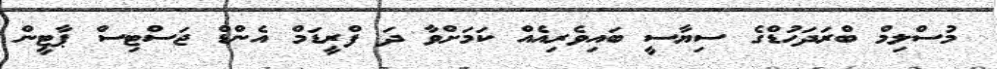
މުސްލިމް ބްރަދަހުޑްގެ ސިޔާސީ ބައިވެރިއެއް ކަމަށްވާ ދަ ފްރީޑަމް އެންޑް ޖަސްޓިސް ޕާޓީން